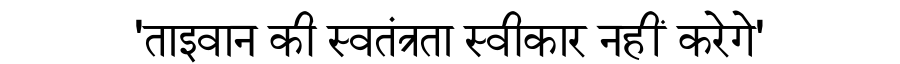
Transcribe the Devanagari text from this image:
'ताइवान की स्वतंत्रता स्वीकार नहीं करेगे'